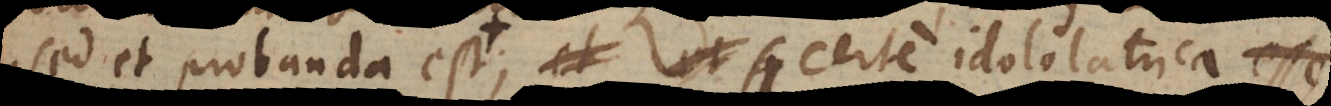
sed et probanda est; certe idololatrica esse